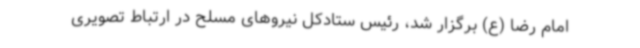
امام رضا (ع) برگزار شد، رئیس ستادکل نیروهای مسلح در ارتباط تصویری